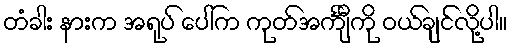
တံခါး နားက အရုပ် ပေါ်က ကုတ်အင်္ကျီကို ဝယ်ချင်လို့ပါ။